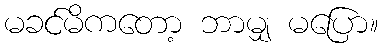
မခင်မိကတော့ ဘာမျှ မပြော။